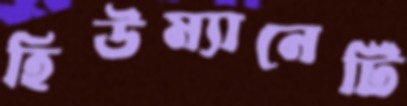
হিউম্যানেটি